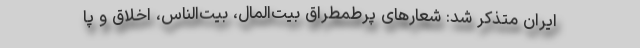
ایران متذکر شد: شعارهای پرطمطراق بیت‌المال، بیت‌الناس، اخلاق و پا